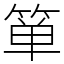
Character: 箪